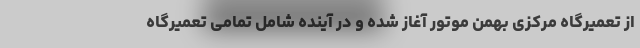
از تعمیرگاه مرکزی بهمن موتور آغاز شده و در آینده شامل تمامی تعمیرگاه